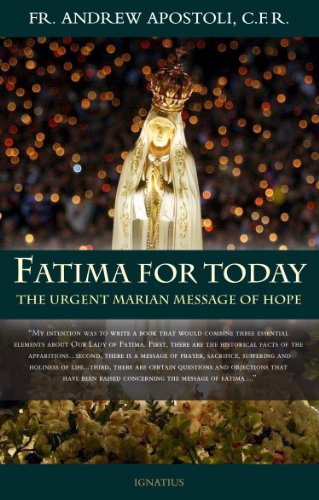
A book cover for Fatima for Today: The Urgent Marian Message of Hope; Andrew Apostoli; Christian Books & Bibles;